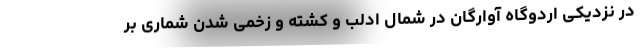
در نزدیکی اردوگاه آوارگان در شمال ادلب و کشته و زخمی شدن شماری بر